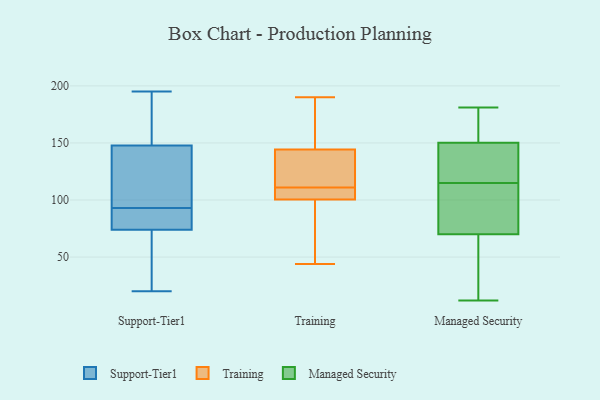
{"axis": {"x": "Production Output", "y": "Value"}, "legend": ["Managed Security", "Support-Tier1", "Training"], "data": [{"x": "", "y": 162, "type": "Support-Tier1"}, {"x": "", "y": 64, "type": "Support-Tier1"}, {"x": "", "y": 75, "type": "Support-Tier1"}, {"x": "", "y": 145, "type": "Support-Tier1"}, {"x": "", "y": 156, "type": "Support-Tier1"}, {"x": "", "y": 20, "type": "Support-Tier1"}, {"x": "", "y": 109, "type": "Support-Tier1"}, {"x": "", "y": 194, "type": "Support-Tier1"}, {"x": "", "y": 195, "type": "Support-Tier1"}, {"x": "", "y": 55, "type": "Support-Tier1"}, {"x": "", "y": 87, "type": "Support-Tier1"}, {"x": "", "y": 85, "type": "Support-Tier1"}, {"x": "", "y": 86, "type": "Support-Tier1"}, {"x": "", "y": 93, "type": "Support-Tier1"}, {"x": "", "y": 116, "type": "Support-Tier1"}, {"x": "", "y": 127, "type": "Support-Tier1"}, {"x": "", "y": 71, "type": "Support-Tier1"}, {"x": "", "y": 102, "type": "Training"}, {"x": "", "y": 190, "type": "Training"}, {"x": "", "y": 100, "type": "Training"}, {"x": "", "y": 111, "type": "Training"}, {"x": "", "y": 114, "type": "Training"}, {"x": "", "y": 139, "type": "Training"}, {"x": "", "y": 44, "type": "Training"}, {"x": "", "y": 169, "type": "Training"}, {"x": "", "y": 109, "type": "Training"}, {"x": "", "y": 146, "type": "Training"}, {"x": "", "y": 85, "type": "Training"}, {"x": "", "y": 64, "type": "Managed Security"}, {"x": "", "y": 181, "type": "Managed Security"}, {"x": "", "y": 59, "type": "Managed Security"}, {"x": "", "y": 158, "type": "Managed Security"}, {"x": "", "y": 88, "type": "Managed Security"}, {"x": "", "y": 115, "type": "Managed Security"}, {"x": "", "y": 28, "type": "Managed Security"}, {"x": "", "y": 103, "type": "Managed Security"}, {"x": "", "y": 127, "type": "Managed Security"}, {"x": "", "y": 120, "type": "Managed Security"}, {"x": "", "y": 170, "type": "Managed Security"}, {"x": "", "y": 100, "type": "Managed Security"}, {"x": "", "y": 115, "type": "Managed Security"}, {"x": "", "y": 12, "type": "Managed Security"}, {"x": "", "y": 175, "type": "Managed Security"}]}